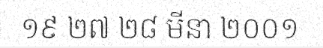
១៩ ២៧ ២៨ មីនា ២០០១